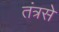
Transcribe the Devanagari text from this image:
तंत्रसे